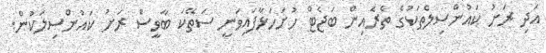
އަދި ރަށު ކައުންސިލްތަކުގެ ތެރެއިން ބަޖެޓް ހުށަހަޅާފައިވަނީ ސަތޭކަ ބާވީސް ރަށު ކައުންސިލަކުން.